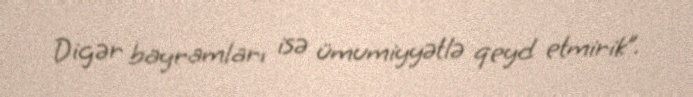
Digər bayramları isə ümumiyyətlə qeyd etmirik”.